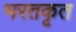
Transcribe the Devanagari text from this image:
भरतकृत